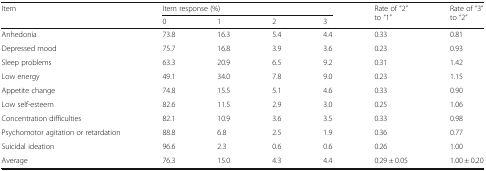
| <ROWSPAN=2> Item | <COLSPAN=4> Item response (%) | <ROWSPAN=2> Rate of “2” to “1” | <ROWSPAN=2> Rate of “3” to “2” |
 | 0 | 1 | 2 | 3 |
 | --- | --- | --- | --- | --- | --- | --- |
 | Anhedonia | 73.8 | 16.3 | 5.4 | 4.4 | 0.33 | 0.81 |
 | Depressed mood | 75.7 | 16.8 | 3.9 | 3.6 | 0.23 | 0.93 |
 | Sleep problems | 63.3 | 20.9 | 6.5 | 9.2 | 0.31 | 1.42 |
 | Low energy | 49.1 | 34.0 | 7.8 | 9.0 | 0.23 | 1.15 |
 | Appetite change | 74.8 | 15.5 | 5.1 | 4.6 | 0.33 | 0.90 |
 | Low self-esteem | 82.6 | 11.5 | 2.9 | 3.0 | 0.25 | 1.06 |
 | Concentration difficulties | 82.1 | 10.9 | 3.6 | 3.5 | 0.33 | 0.98 |
 | Psychomotor agitation or retardation | 88.8 | 6.8 | 2.5 | 1.9 | 0.36 | 0.77 |
 | Suicidal ideation | 96.6 | 2.3 | 0.6 | 0.6 | 0.26 | 1.00 |
 | Average | 76.3 | 15.0 | 4.3 | 4.4 | 0.29 ± 0.05 | 1.00 ± 0.20 |